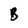
Character: B